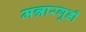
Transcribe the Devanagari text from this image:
मन्नारगुडी